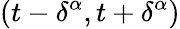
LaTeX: (t-\delta^{\alpha},t+\delta^{\alpha})